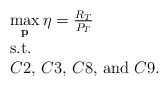
\begin{align*}\begin{array}{l}\mathop {\max }\limits_{\bf p} \eta=\frac{R_T}{P_T}\\{\rm{s}}{\rm{.t}}{\rm{.}}\\C2,\,C3,\,C8,\,{\rm and}\,\, C9.\end{array}\end{align*}